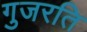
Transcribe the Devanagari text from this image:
गुजरति